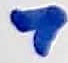
Text: 7